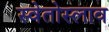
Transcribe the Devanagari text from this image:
स्वेतोस्लाव